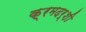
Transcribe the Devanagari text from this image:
क्रमदर्शी